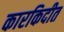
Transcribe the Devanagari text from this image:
कारकिदीत